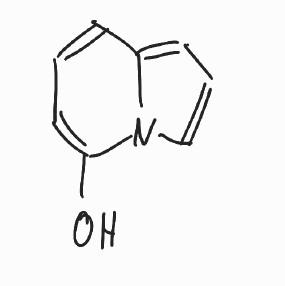
Simplified molecular-input line-entry system (SMILES) notation of the given molecule:
C1=CC2=CC=CN2C(=C1)O